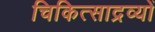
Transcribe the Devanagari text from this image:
चिकित्साद्रव्यों